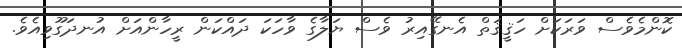
ކޮންމެވެސް ވަރަކަށް ހަޤީޤަތް އެނގޭއިރު ވެސް ޔަލާގެ ވާހަކަ ދައްކަން ރީހާންއަށް އުނދަގޫވިއެވެ.